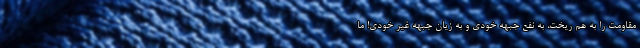
مقاومت را به هم ریخت، به نفع جبهه خودی و به زیان جبهه غیر خودی! ما